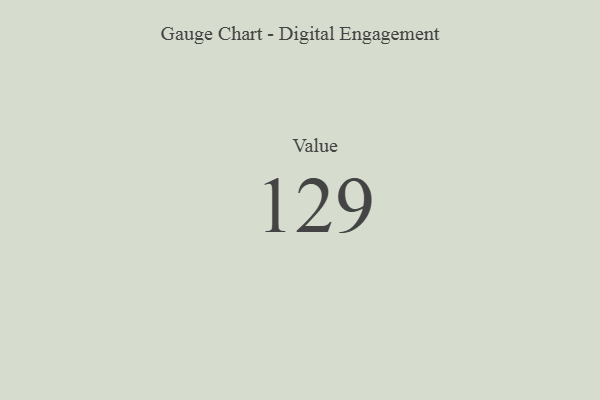
{"axis": {"x": "Metric", "y": "Value"}, "legend": [""], "data": [{"x": "Value", "y": 129, "type": ""}]}